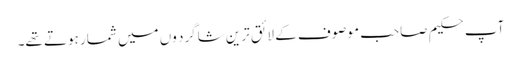
آپ حکیم صاحب موصوف کے لائق ترین شاگرد وں میں شمار ہوتے تھے۔